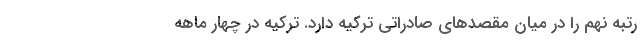
رتبه نهم را در میان مقصدهای صادراتی ترکیه دارد. ترکیه در چهار ماهه